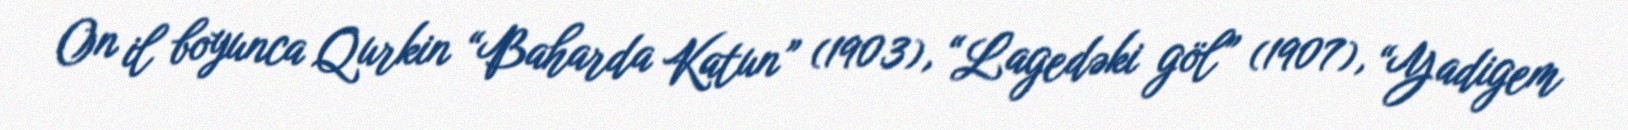
On il boyunca Qurkin “Baharda Katun” (1903), “Lagedəki göl” (1907), “Yadigem